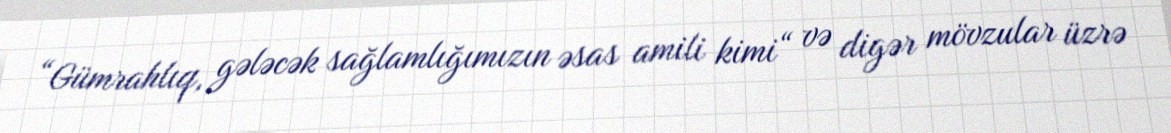
“Gümrahlıq, gələcək sağlamlığımızın əsas amili kimi“ və digər mövzular üzrə